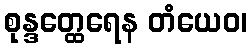
စုန္ဒတ္ထေရေန တံယေဝ၊